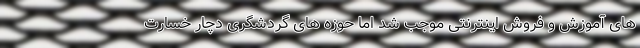
های آموزش و فروش اینترنتی موجب شد اما حوزه های گردشگری دچار خسارت